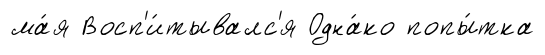
ма́я Восп'и́тывалс'я Одна́ко попы́тка